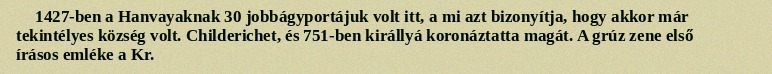
1427-ben a Hanvayaknak 30 jobbágyportájuk volt itt, a mi azt bizonyítja, hogy akkor már tekintélyes község volt. Childerichet, és 751-ben királlyá koronáztatta magát. A grúz zene első írásos emléke a Kr.